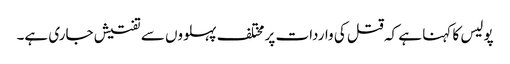
پولیس کا کہنا ہے کہ قتل کی واردات پر مختلف پہلووں سے تفتیش جاری ہے۔